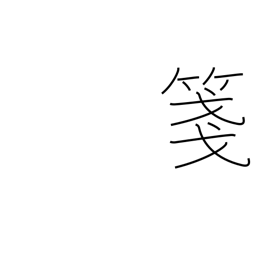
Meaning: composition